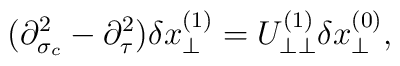
(\partial^2_{\sigma_c}-\partial^2_\tau)\delta x^{(1)}_\perp=U^{(1)}_{\perp\perp}\delta x^{(0)}_\perp,